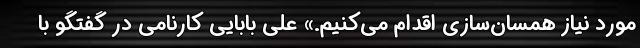
مورد نیاز همسان‌سازی اقدام می‌کنیم.» علی بابایی کارنامی در گفتگو با